Report on sanitation, dispensaries, and jails in Rajputana for 1911, and on vaccination for the year 1911-1912 - 1911-1912
Year: 1911
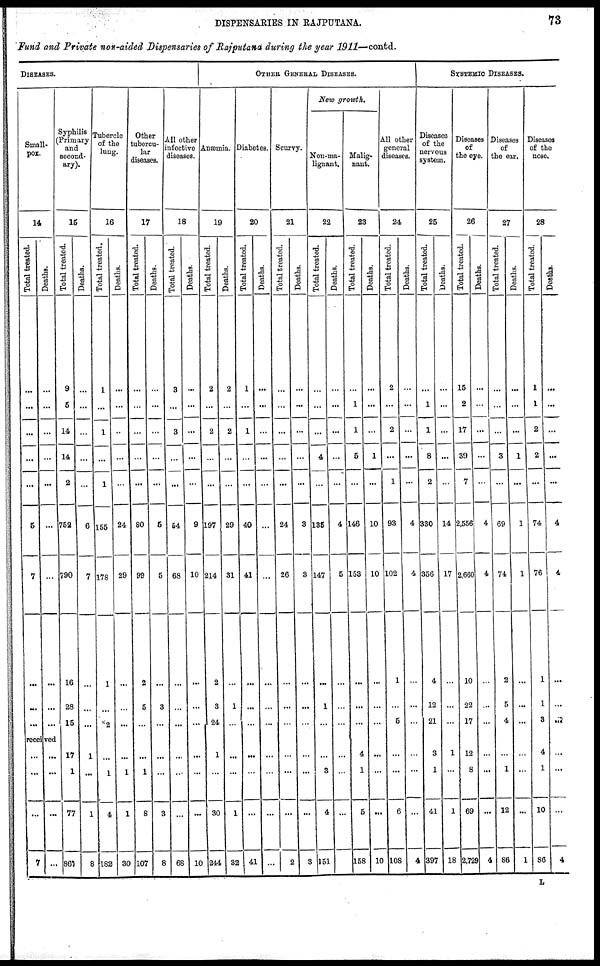
DISPENSARIES IN RAJPUTANA.
73
Fund and Private non-aided Dispensaries of Rajputana during the year 1911—contd.
DISEASES.
Small-
pox.
14
Total treated.
...
...
...
...
...
5
7
...
...
...
Deaths.
...
...
...
...
...
...
...
...
...
...
received
...
...
...
7
...
...
...
...
Syphilis
Primary
and
second-
ary).
15
Total treated.
9
5
14
14
2
752
790
16
28
15
17
1
77
867
Deaths.
...
...
...
...
...
6
7
...
...
...
1
...
1
8
Tubercle
of the
lung.
16
Total treated.
1
...
1
...
1
155
178
1
...
2
...
1
4
182
Deaths.
...
...
...
...
...
24
29
...
...
...
...
1
1
30
Other
tubercu-
lar
diseases.
17
Total treated.
...
...
...
...
...
80
99
2
5
...
...
1
8
107
Deaths.
...
...
...
...
...
5
5
...
3
...
...
...
3
8
All other
infective
diseases.
18
Total treated.
3
...
3
...
...
54
68
...
...
...
...
...
...
68
Deaths.
...
...
...
...
...
9
10
...
...
...
...
...
...
10
OTHER GENERAL DISEASES.
Anæmia.
19
Total treated.
2
...
2
...
...
197
214
2
3
24
1
...
30
244
Deaths.
2
...
2
...
...
29
31
...
1
...
...
...
1
32
Diabetes.
20
Total treated.
1
...
1
...
...
40
41
...
...
...
...
...
...
41
Deaths.
...
...
...
...
...
...
...
...
...
...
...
...
...
...
Scurvy.
21
Total treated.
...
...
...
...
...
24
26
...
...
...
...
...
...
2
Deaths.
...
...
...
...
...
3
3
...
...
...
...
...
...
3
New growth.
Non-ma-
lignant.
22
Total treated.
...
...
...
4
...
135
147
...
1
...
...
3
4
151
Deaths.
...
...
...
...
...
4
5
...
...
...
...
...
...
Malig-
nant.
23
Total treated.
...
1
1
5
...
146
153
...
...
...
4
1
5
158
Deaths.
...
...
...
1
...
10
10
...
...
...
...
...
...
10
All other
general
diseases.
24
Total treated.
2
...
2
...
1
93
102
1
...
5
...
...
6
108
Deaths.
...
...
...
...
...
4
4
...
...
...
...
...
...
4
SYSTEMIC DISEASES.
Diseases
of the
nervous
system.
25
Total treated.
...
1
1
8
2
330
356
4
12
21
3
1
41
397
Deaths.
...
...
...
...
...
14
17
...
...
...
1
...
1
18
Diseases
of
the eye.
26
Total treated.
15
2
17
39
7
2,556
2,660
10
22
17
12
8
69
2,729
Deaths.
...
...
...
...
...
4
4
...
...
...
...
...
...
4
Diseases
of
the ear.
27
Total treated.
...
...
...
3
...
69
74
2
5
4
...
1
12
86
Deaths.
...
...
...
1
...
1
1
...
...
...
...
...
...
1
Diseases
of the
nose.
28
Total treated.
1
1
2
2
...
74
76
1
1
3
4
...
10
86
Deaths.
...
...
...
...
...
4
4
...
...
...
...
...
...
4
L